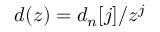
d ( z ) = d _ { n } [ j ] / z ^ { j }